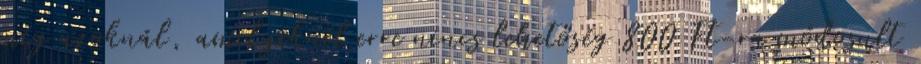
míg azoknál, amelyeknél erre nincs lehetőség 800 Ft-ra módosult